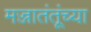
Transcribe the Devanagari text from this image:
मज्जातंतूंच्या